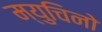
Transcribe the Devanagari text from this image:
म्युचिनो